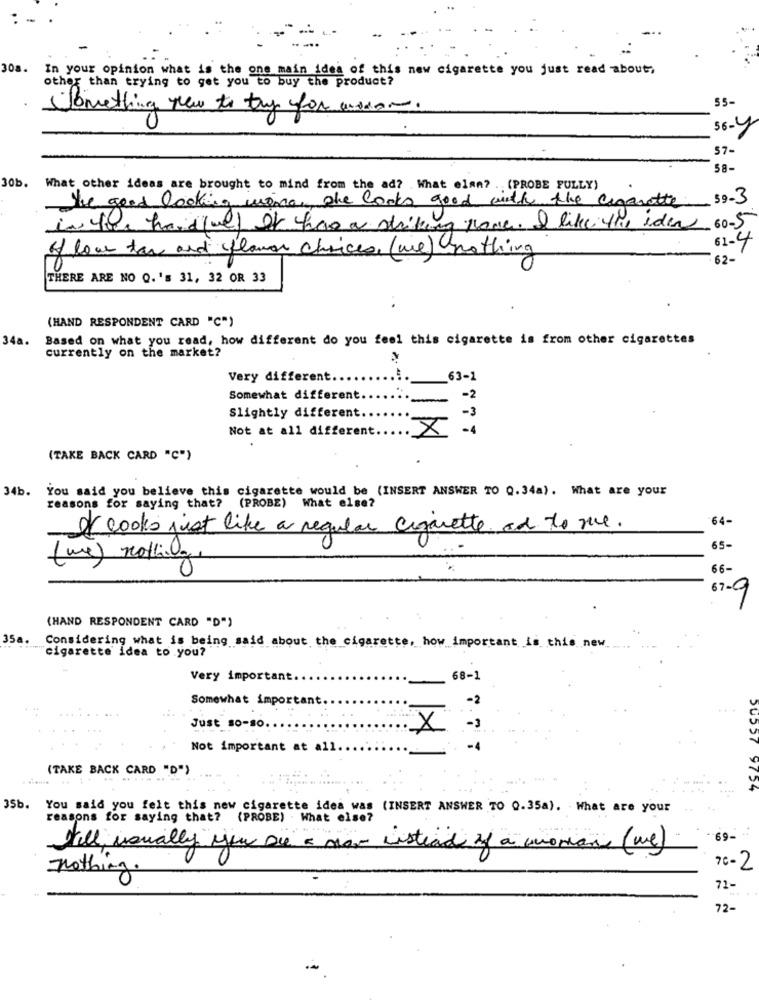
308.
In your opinion what is the one main idea of this new cigarette you just read about;
other than trying to get you to buy the product?
55-
Something new to try for modom.
36-4
57-
58-
30b.
What other ideas are brought to mind from the ad? What else? . (PROBE FULLY)
The good looking wine, she looks good with the cigarette
59-3
in the handfull It has a striking pove. I like the idea 60-5
61-4
of low tax and flower choices (we) nothing
62-
THERE ARE NO Q. 's 31, 32 OR 33
(HAND RESPONDENT CARD "C")
34a.
Based on what you read, how different do you feel this cigarette is from other cigarettes
currently on the market?
Very different
63-1
Somewhat different
-2
Slightly different.
-3
Not at all different
-4
X
(TAKE BACK CARD "C")
.
34b.
You said you believe this cigarette would be (INSERT ANSWER TO 0.34a). What are your
reasons for saying that?
(PROBE) What else?
64-
ofcooks just like a regular cigarette ad to me.
65-
(we) nothing.
66-
67-9
(HAND RESPONDENT CARD "D")
35a
Considering what is being said about the cigarette, how important is this new
cigarette idea to you?"
Very important.
68-1
Somewhat important
-2
Just so-so.
X
-3
Not important at all
-4
(TAKE BACK CARD "D")
35b.
You said you felt this new cigarette idea was (INSERT ANSWER TO Q.35a). What are your
reasons for saying that?
(PROBE) . What else?
Well, usually you are a mar instead of a woman (me)
nothing.
76-2
71-
72-